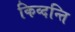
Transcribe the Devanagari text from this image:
किव्दन्ति